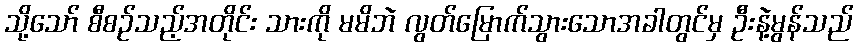
သို့သော် စီစဉ်သည့်အတိုင်း သားကို မမိဘဲ လွတ်မြောက်သွားသောအခါတွင်မှ ဦးနဲ့မွန်သည်